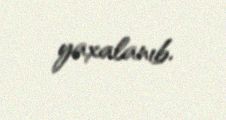
yaxalanıb.